Scottish Certificate of Education, 1963
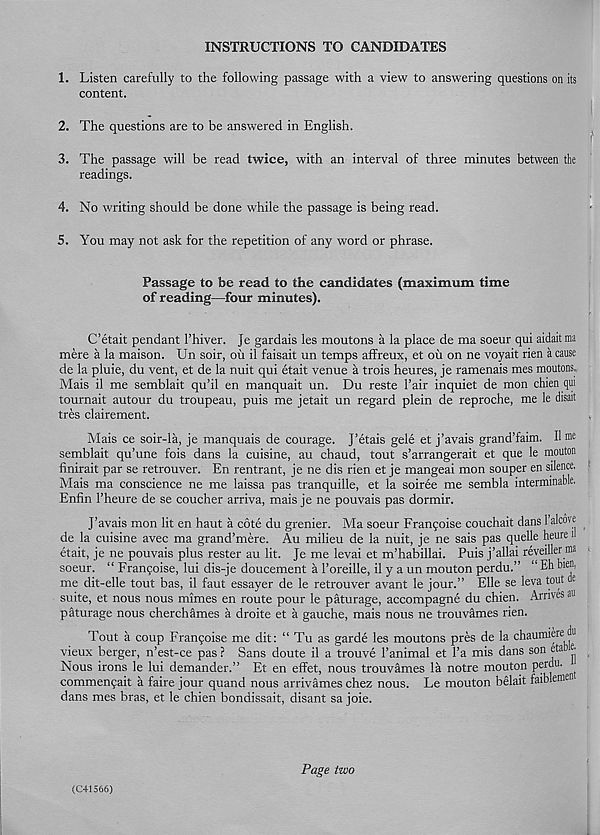
INSTRUCTIONS TO CANDIDATES
1. Listen carefully to the following passage with a view to answering questions on its
content.
2. The questions are to be answered in English.
3. The passage will be read twice, with an interval of three minutes between the
readings.
4. No writing should be done while the passage is being read.
5. You may not ask for the repetition of any word or phrase.
Passage to be read to the candidates (maximum time
of reading—four minutes).
C’etait pendant I’hiver. Je gardais les moutons a la place de ma soeur qui aidaitma
mere a la maison. Un soir, oil il faisait un temps affreux, et oil on ne voyait rien a cause
de la pluie, du vent, et de la nuit qui etait venue a trois heures, je ramenais mes moutons,
Mais il me semblait qu’il en manquait un. Du reste 1’air inquiet de mon chien qm
tournait autour du troupeau, puis me jetait un regard plein de reproche, me le disait
tres clairement.
Mais ce soir-la, je manquais de courage. J’etais gele et j’avais grand’faim. Il me
semblait qu’une fois dans la cuisine, au chaud, tout s’arrangerait et que le mouton
finirait par se retrouver. En rentrant, je ne dis rien et je mangeai mon souper en silence.
Mais ma conscience ne me laissa pas tranquille, et la soiree me sembla interminable.
Enfin 1’heure de se coucher arriva, mais je ne pouvais pas dormir.
J’avais mon lit en haut a cote du grenier. Ma soeur Frangoise couchait dans Falcon
de la cuisine avec ma grand’mere. Au milieu de la nuit, je ne sais pas quelle heure i
etait, je ne pouvais plus rester au lit. Je me levai et m’habillai. Puis j’allai reyeiller ma
soeur. “ Frangoise, lui dis-je doucement a I’oreille, il y a un mouton perdu.” “ Eh b ien i
me dit-elle tout bas, il faut essayer de le retrouver avant le jour.” Elle se leva tout £
suite, et nous nous mimes en route pour le paturage, accompagne du chien. Arrives au
paturage nous cherchames a droite et a gauche, mais nous ne trouvames rien.
Tout a coup Frangoise me dit: “ Tu as garde les moutons pres de la chaumieie
vieux berger, n’est-ce pas? Sans doute il a trouve I’animal et 1’a mis dans son eta e
Nous irons le lui demander.” Et en effet, nous trouvames la notre mouton perdu. ^
commengait a faire jour quand nous arrivames chez nous. Le mouton belait faibleiK
dans mes bras, et le chien bondissait, disant sa joie.
(C41566)
Page two